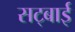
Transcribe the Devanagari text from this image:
सट्बाई